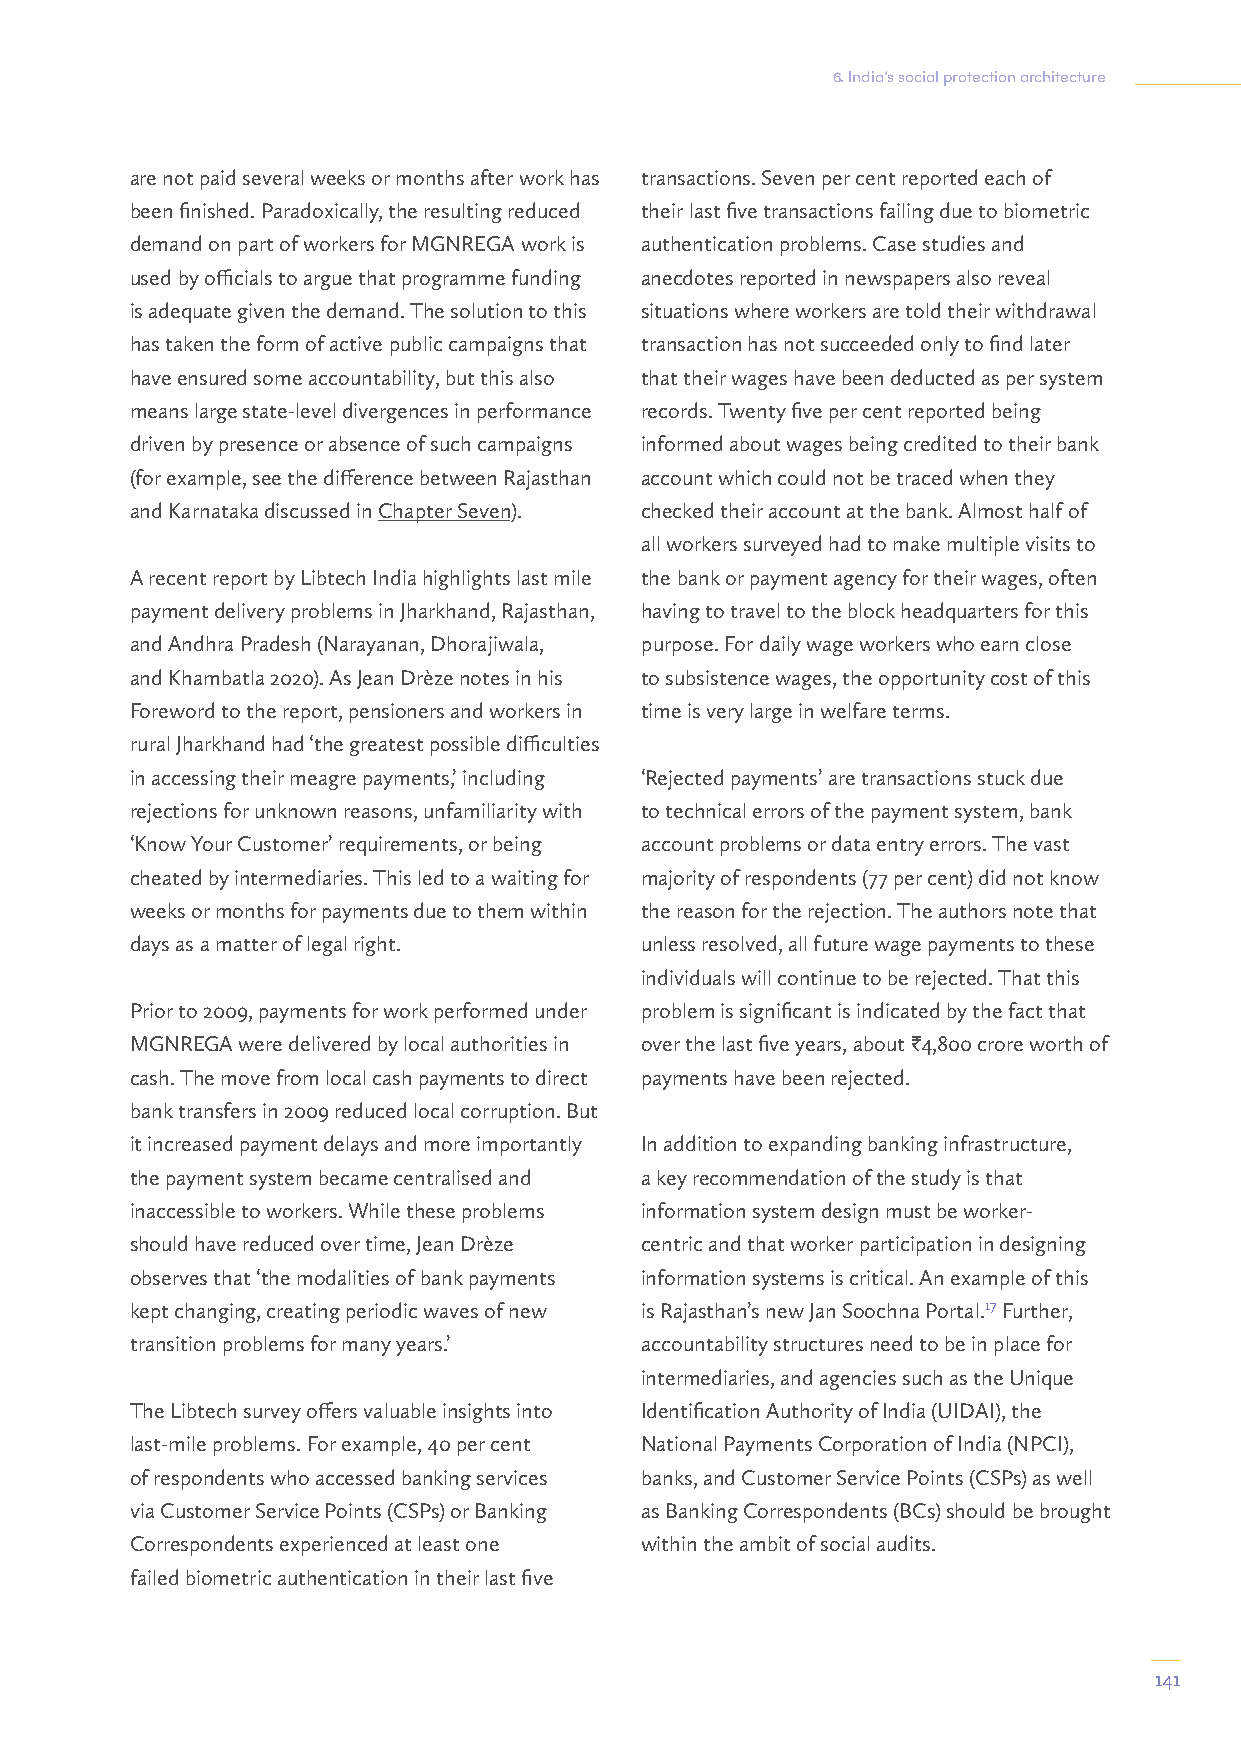
6. India’s social protection architecture
 are not paid several weeks or months after work has transactions. Seven per cent reported each of
 been finished. Paradoxically, the resulting reduced their last five transactions failing due to biometric
 demand on part of workers for MGNREGA work is authentication problems. Case studies and
 used by officials to argue that programme funding anecdotes reported in newspapers also reveal
 is adequate given the demand. The solution to this situations where workers are told their withdrawal
 has taken the form of active public campaigns that transaction has not succeeded only to find later
 have ensured some accountability, but this also that their wages have been deducted as per system
 means large state-level divergences in performance records. Twenty five per cent reported being
 driven by presence or absence of such campaigns informed about wages being credited to their bank
 (for example, see the difference between Rajasthan account which could not be traced when they
 and Karnataka discussed in Chapter Seven). checked their account at the bank. Almost half of
 all workers surveyed had to make multiple visits to
 A recent report by Libtech India highlights last mile the bank or payment agency for their wages, often
 payment delivery problems in Jharkhand, Rajasthan, having to travel to the block headquarters for this
 and Andhra Pradesh (Narayanan, Dhorajiwala, purpose. For daily wage workers who earn close
 and Khambatla 2020). As Jean Drèze notes in his to subsistence wages, the opportunity cost of this
 Foreword to the report, pensioners and workers in time is very large in welfare terms.
 rural Jharkhand had ‘the greatest possible difficulties
 in accessing their meagre payments,’ including ‘Rejected payments’ are transactions stuck due
 rejections for unknown reasons, unfamiliarity with to technical errors of the payment system, bank
 ‘Know Your Customer’ requirements, or being account problems or data entry errors. The vast
 cheated by intermediaries. This led to a waiting for majority of respondents (77 per cent) did not know
 weeks or months for payments due to them within the reason for the rejection. The authors note that
 days as a matter of legal right. unless resolved, all future wage payments to these
 individuals will continue to be rejected. That this
 Prior to 2009, payments for work performed under problem is significant is indicated by the fact that
 MGNREGA were delivered by local authorities in over the last five years, about I4,800 crore worth of
 cash. The move from local cash payments to direct payments have been rejected.
 bank transfers in 2009 reduced local corruption. But
 it increased payment delays and more importantly In addition to expanding banking infrastructure,
 the payment system became centralised and a key recommendation of the study is that
 inaccessible to workers. While these problems information system design must be worker-
 should have reduced over time, Jean Drèze centric and that worker participation in designing
 observes that ‘the modalities of bank payments information systems is critical. An example of this
 kept changing, creating periodic waves of new is Rajasthan’s new Jan Soochna Portal.17 Further,
 transition problems for many years.’ accountability structures need to be in place for
 intermediaries, and agencies such as the Unique
 The Libtech survey offers valuable insights into Identification Authority of India (UIDAI), the
 last-mile problems. For example, 40 per cent National Payments Corporation of India (NPCI),
 of respondents who accessed banking services banks, and Customer Service Points (CSPs) as well
 via Customer Service Points (CSPs) or Banking as Banking Correspondents (BCs) should be brought
 Correspondents experienced at least one within the ambit of social audits.
 failed biometric authentication in their last five
 141